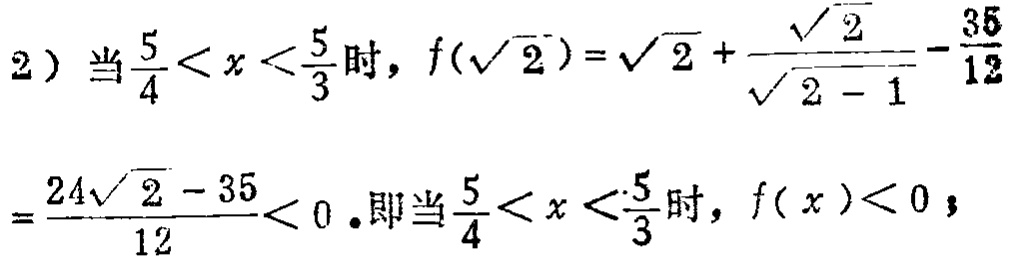
2）当$\frac{5}{4}<x<\frac{5}{3}$时，$f(\sqrt{2})=\sqrt{2}+\frac{\sqrt{2}}{\sqrt{2}-1}-\frac{35}{12}$
$=\frac{24\sqrt{2}-35}{12}<0$.即当$\frac{5}{4}<x<\frac{5}{3}$时，$f(x)<0$；